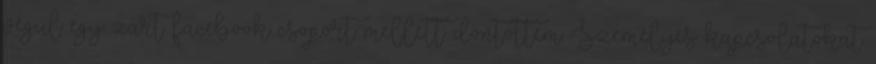
végül egy zárt facebook csoport mellett döntöttem. Személyes kapcsolatokat